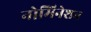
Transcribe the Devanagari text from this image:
नोमिनेशन